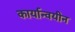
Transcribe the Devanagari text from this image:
कार्यान्वयीन